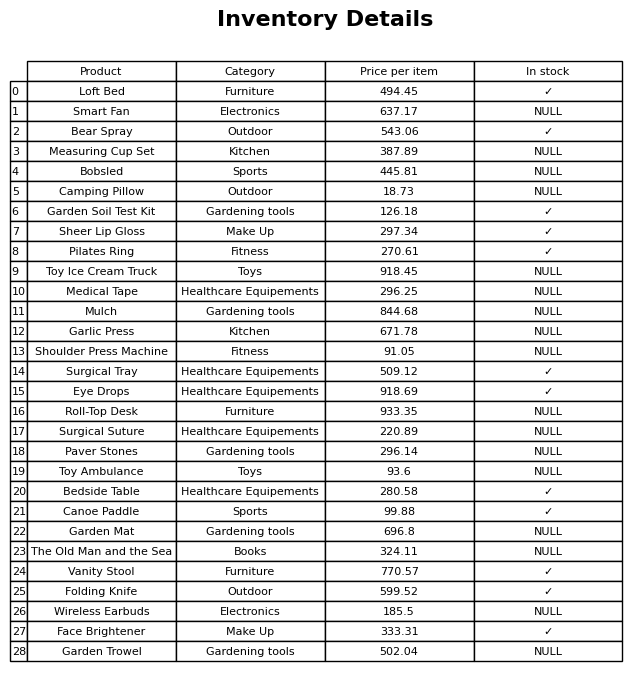
question: Is the Toy Ambulance in stock?
answer: NULL